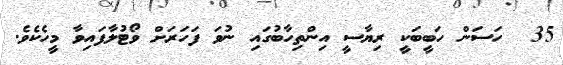
35  ހަސަން ހަބީބަކީ ރިޔާސީ އިންތިހާބުގައި ނުވަ ފަހަރަށް ވޯޓުލާފައިވާ މީހެކެވެ.